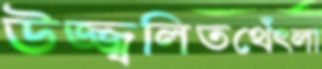
উজ্জ্বলিতথেঁৎলা